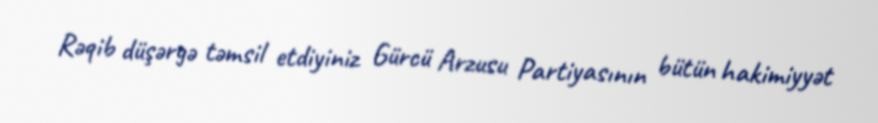
Rəqib düşərgə təmsil etdiyiniz Gürcü Arzusu Partiyasının bütün hakimiyyət